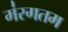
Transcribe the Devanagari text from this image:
म॑रगतम